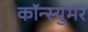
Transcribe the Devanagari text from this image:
कॉन्स्युमर